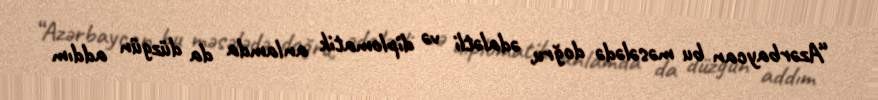
“Azərbaycan bu məsələdə doğru, ədalətli və diplomatik anlamda da düzgün addım